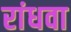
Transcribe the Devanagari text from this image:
रांधवा